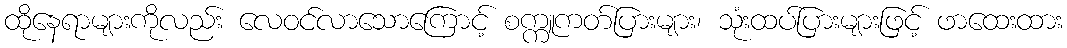
ထိုနေရာများကိုလည်း လေဝင်လာသောကြောင့် စက္ကူကတ်ပြားများ၊ သုံးထပ်ပြားများဖြင့် ဖာထေးထား